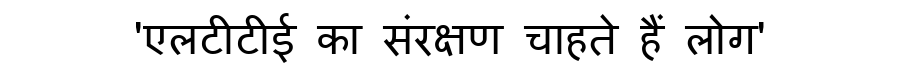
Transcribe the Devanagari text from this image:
'एलटीटीई का संरक्षण चाहते हैं लोग'